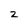
Character: z